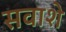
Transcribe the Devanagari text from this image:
सवाशे